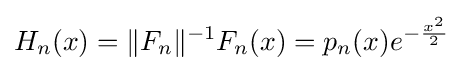
H_{n}(x)=\|F_{n}\|^{-1}F_{n}(x)=p_{n}(x)e^{-{\frac {x^{2}}{2}}}